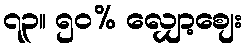
၇၃။ ၅၀% လျှော့စျေး